Report on vaccination in Madras 1895-1903 - 1895-1903
Year: 1895
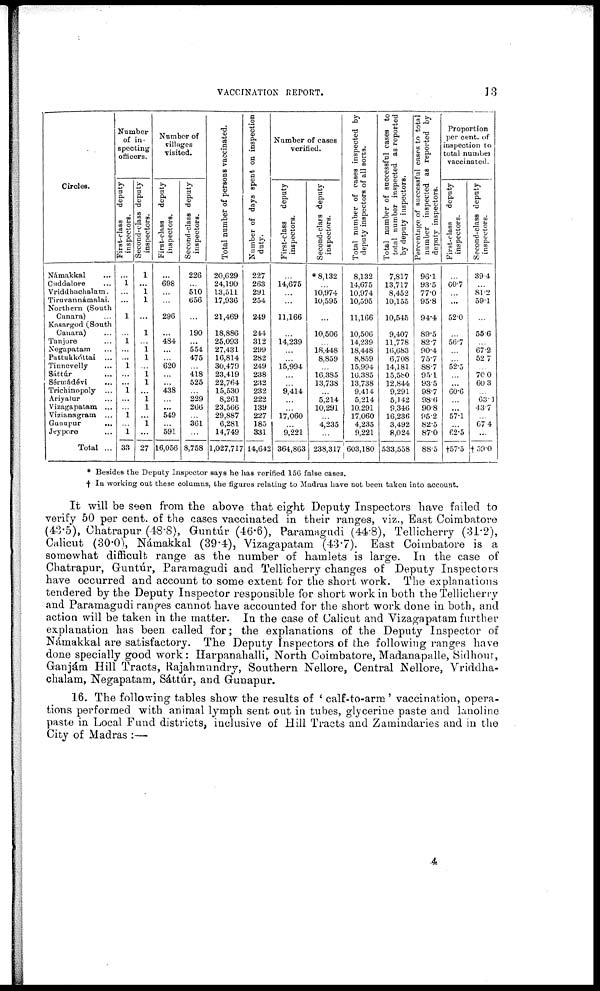
VACCINATION REPORT.
13
Circles.
Námakkal ...
Cuddalore ...
Vriddhachalam.
Tiruvannámalai.
Northern (South
Canara)
Kasargod (South
Canara) ...
Tanjore ...
Negapatam ...
Pattukkóttai ...
Tinnevelly ...
Sáttúr ...
Sérmádévi
...
Trichinopoly ...
Ariyalur ...
Vizagapatam ...
Vizianagram ...
Gunupur
...
Jeypore ...
Total ...
Number
of in
specting
officers.
First-class
deputy
inspectors.
...
1
...
...
1
...
1
...
...
1
...
...
1
...
...
1
...
1
33
Second-class deputy
inspectors.
1
...
1
1
...
1
...
1 1
...
1
1
...
1
1
...
1
...
27
Number of
villages
visited.
First-class
deputy
inspectors.
...
698
...
...
296
...
484
...
...
620
...
...
438
...
...
549
...
591
16,056
Second-class deputy
inspectors.
226
...
510
656
...
190
...
554
475
...
418
525
...
229
266
361
8,758
Total number of persons vaccinated.
20,629
24,190
13,511
17,936
21,469
18,886
25,093
27,431
16,814
30,479
23,419
22,764
15,530
8,261
23,566
29,887
6,281
14,749
1,027,717
Number of days spent on inspection
duty.
227
263
291
254
249
244
312
299
282
249
238
232
232
222
139
227
185
331
14,642
Number of cases
verified.
First-class deputy
inspectors.
14,675
...
...
11,166
...
14,239
...
...
15,994
...
...
9,414
...
...
17,060
...
9,221
364,863
Second-class deputy
inspectors.
* 8,132
...
10,974
10,595
...
10,506
...
18,448
8,859
...
16,385
13,738
5,214
10,291
...
4,235
...
238,317
Total number of cases inspected by
deputy inspectors of all sorts.
8,132
14,675
10,974
10,595
11,166
10,506
14,239
18,448
8,859
15,994
16,385
13,738
9,414
5,214
10,291
17,060
4,235
9,221
603,180
Total number of successful cases to
total number inspected as reported
by deputy inspectors.
7,817
13,717
8,452
10,155
10,545
9,407
11,778
16,683
6,708
14,181
15,580
12,844
9,291
5,142
9,346
16,236
3,492
8,024
533,558
Percentage of successful cases to total
number inspected as reported by
deputy inspectors.
96.1
93.5
77.0
95.8
94.4
89.5
82.7
90.4
75.7
88.7
95.1
93.5
98.7
98.6
90.8
95.2
82.5
87.0
88.5
Proportion
per cent. of
inspection to
total number
vaccinated.
First-class
deputy
inspectors.
...
60.7
...
...
52.0
...
56.7
...
...
52.5
...
...
60.6
...
...
57.1
...
62.5
†57.5
Second-class deputy
inspectors.
39.4
...
81.2
59.1
...
55.6
...
67.2
52.7
...
70.0
60.3
...
63.1
43.7
...
67.4
...
†59.0
* Besides the Deputy Inspector says he has verified 156 false cases.
† In working out these columns, the figures relating to Madras have not been taken into account.
It will be seen from the above that eight Deputy Inspectors have failed to
verify 50 per cent. of the cases vaccinated in their ranges, viz., East Coimbatore
(43.5), Chatrapur (48.8), Guntúr (46.6), Paramagudi (44.8), Tellicherry (31.2),
Calicut (30.0), Námakkal (39.4), Vizagapatam (43.7). East Coimbatore is a
somewhat difficult range as the number of hamlets is large. In the case of
Chatrapur, Guntúr, Paramagudi and Tellicherry changes of Deputy Inspectors
have occurred and account to some extent for the short work. The explanations
tendered by the Deputy Inspector responsible for short work in both the Tellicherry
and Paramagudi ranges cannot have accounted for the short work done in both, and
action will be taken in the matter. In the case of Calicut and Vizagapatam further
explanation has been called for; the explanations of the Deputy Inspector of
Namakkal are satisfactory. The Deputy Inspectors of the following ranges have
done specially good work: Harpanahalli, North Coimbatore, Madanapalle, Sidhout,
Ganjám Hill Tracts, Rajahmundry, Southern Nellore, Central Nellore, Vriddha¬
chalam, Negapatam, Sáttúr, and Gunapur.
16. The following tables show the results of ' calf-to-arm ' vaccination, opera-
tions performed with animal lymph sent out in tubes, glycerine paste and lanoline
paste in Local Fund districts, inclusive of Hill Tracts and Zamindaries and in the
City of Madras :—
4